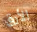
الأرق